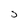
Character: J